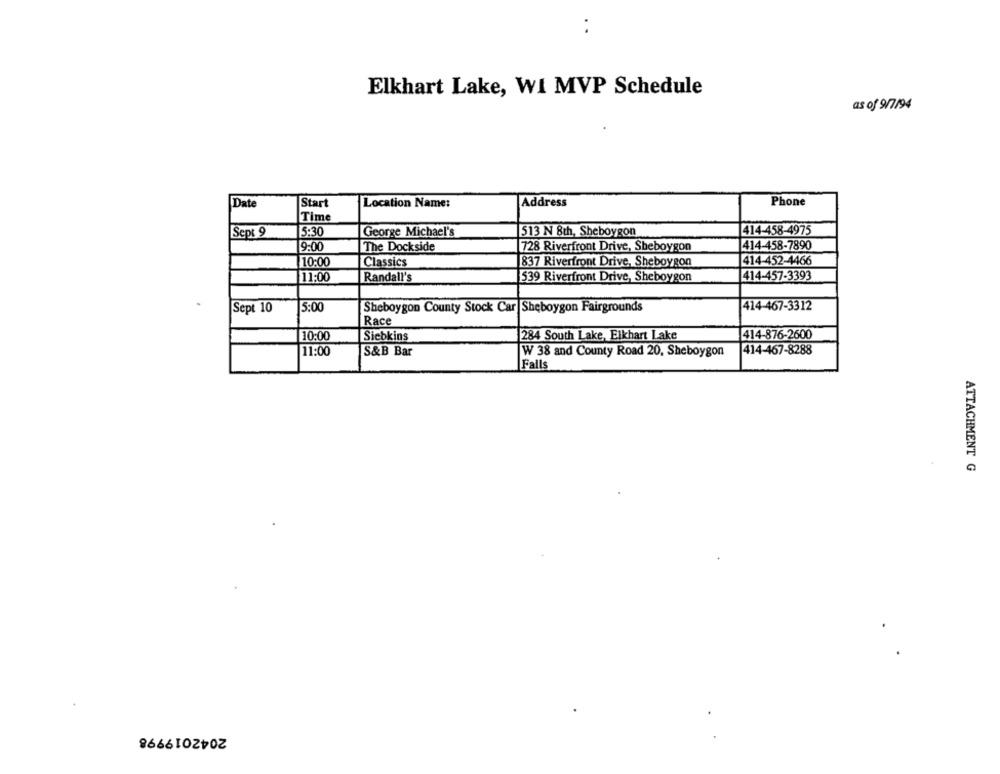
..
Elkhart Lake, WI MVP Schedule
as of 9/7/94
Phone
Date
Start
Location Name:
Address
Time
Sept 9
5:30
George Michael's
414-458-4975
513 N 8th, Sheboygon
9:00
The Dockside
728 Riverfront Drive, Sheboygon
414-458-7890
10:00
Classics
837 Riverfront Drive, Sheboygon
414-452-4466
11:00
Randall's
539 Riverfront Drive, Sheboygon
414-457-3393
Sept 10
5:00
Sheboygon County Stock Car Sheboygon Fairgrounds
414-467-3312
Race
10:00
Siebkins
284 South Lake, Eikhart Lake
414-876-2600
11:00
S&B Bar
W 38 and County Road 20, Sheboygon
414-467-8288
Falls
ATTACHMENT G
2042019998